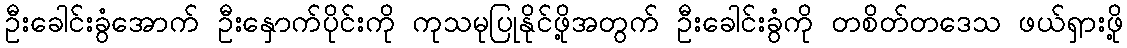
ဦးခေါင်းခွံအောက် ဦးနှောက်ပိုင်းကို ကုသမုပြုနိုင်ဖို့အတွက် ဦးခေါင်းခွံကို တစိတ်တဒေသ ဖယ်ရှားဖို့